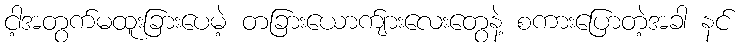
ငါ့အတွက်မထူးခြားပေမဲ့ တခြားယောက်ျားလေးတွေနဲ့ စကားပြောတဲ့အခါ နင်